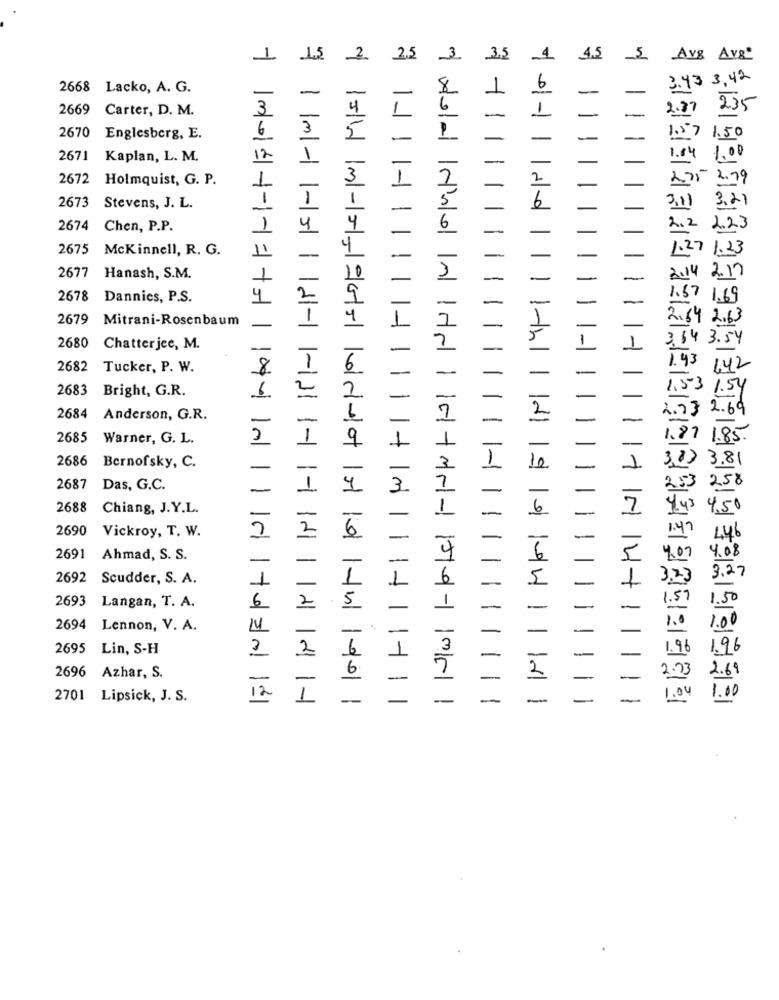
1
15
2
2.5
3
3,5
4
4.5
Avg Av8
3.43 3, 42
2668 Lacko, A. G.
-
-
2669
Carter, D. M.
3
01-1
.37
4
6
2670 Englesberg, E.
3
5
50
*|11
2671 Kaplan, L. M.
12
1
,00
2672 Holmquist, G. P.
1
3
3.79
1
3.21
2673 Stevens, J. L.
1
2674 Chen, P.P.
1
4
2675 McKinnell, R. G.
11
2677 Hanash, S.M.
10
2678
Dannics, P.S.
1
2679 Mitrani-Rosenbaum
I
2680
Chatter jee, M.
1-1
2682
Tucker, P. W.
1
6
2683
Bright, G.R.
2
10001
2
2684
Anderson, G.R.
2685
Warner, G. L.
9
1-
2686
3.8
Bernofsky, C.
2687
Das, G.C.
1
4
+ 1m
2688 Chiang, J.Y.L.
2690
Vickroy, T. W.
2
2
6
2691 Ahmad, S. S.
-
2692
Scudder, S. A.
1
1
114
2693
Langan, T. A.
6
2
5
2694
Lennon, V. A.
14
1102+11
2695
Lin, S-H
2
2
2696
Azhar, S.
2701 Lipsick, J. S.
12
1
-
-
-
-
11 111